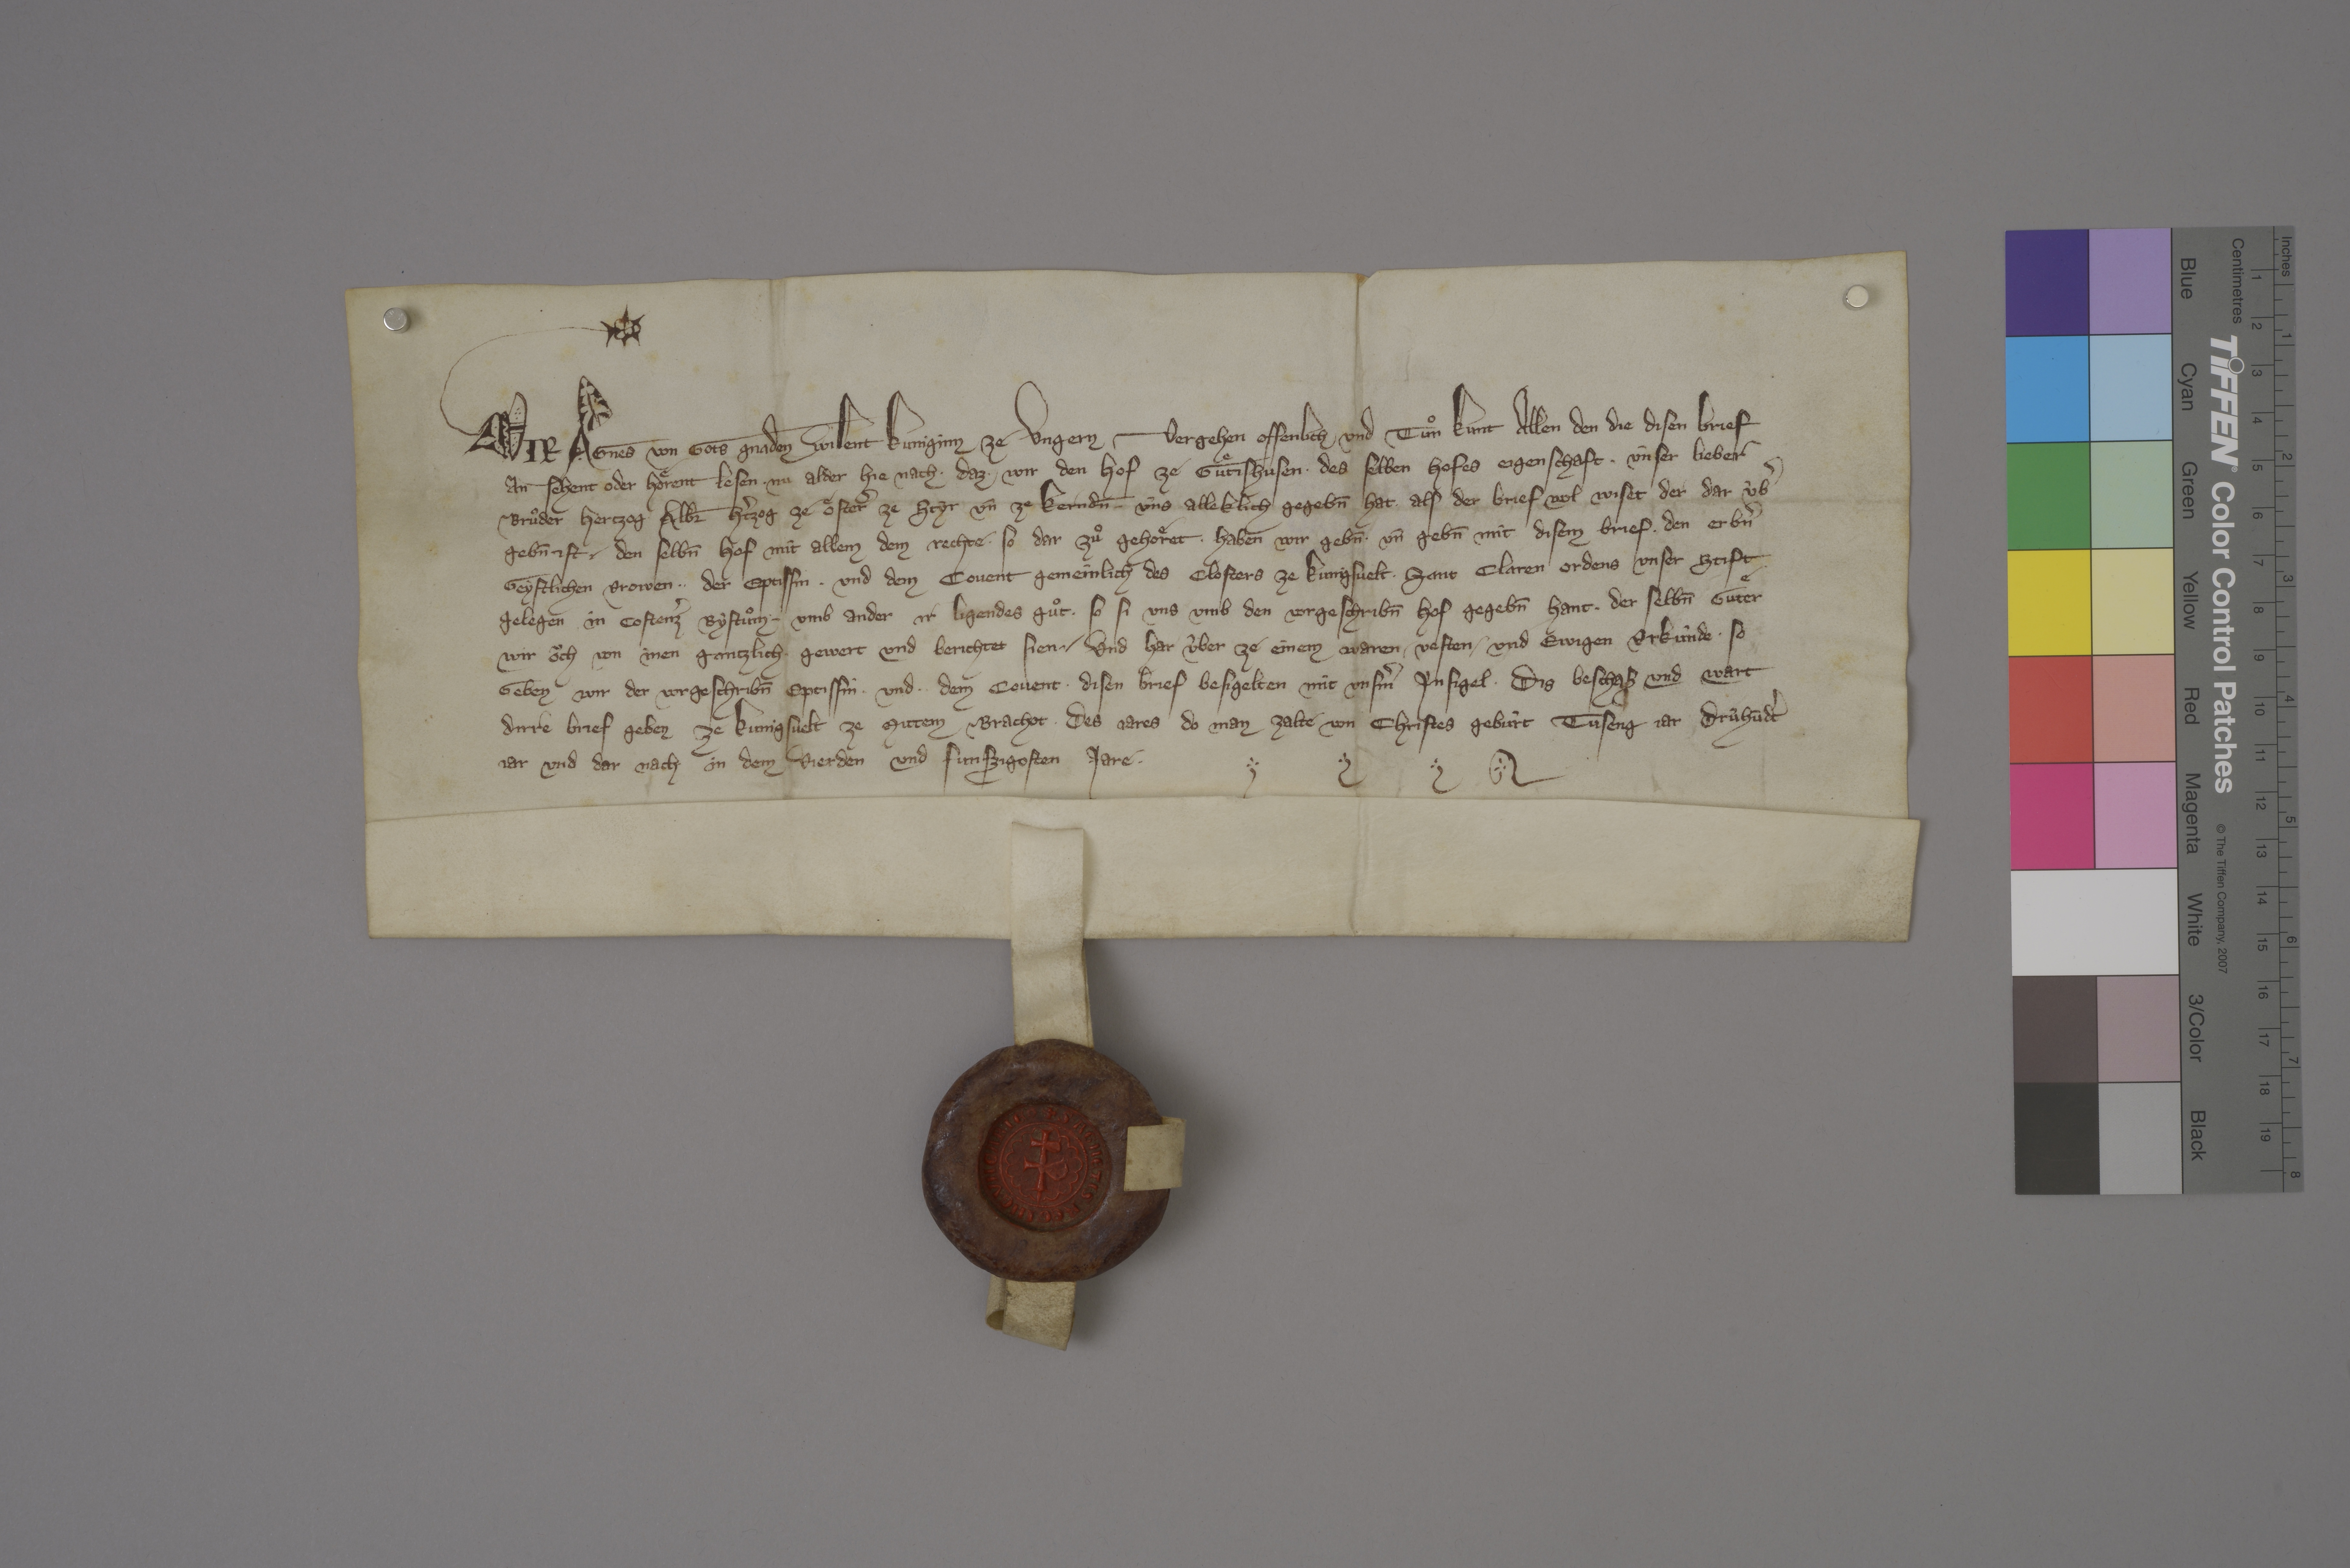
Transcription:
Wir, Agnes, von gots gnaden wilent kuniginn ze Ungern, vergehen offenlich und tuͦn kunt allen den, die disen brief
an sehent oder hoͤrent lesen, ✳ nu alder hie nach, ✳ daz ✳ wir den hof ze Guͤtishusen, ✳ des selben hofes eigenschaft ✳ ùnser lieber
bruͦder hertzog Alb̄r, hˀtzog ze Oͤsterˀ, ze Styr un̄ ze Kerndn̄, ✳ ùns alleklich gegebn̄ hat, ✳ als der brief wol wiset, der dar ùbˀ
gebn̄ ist, ✳ den selbn̄ hof mit allem dem rechte, ✳ so dar zuͦ gehoͤret, ✳ haben wir gebn̄ ✳ un̄ gebn̄ mit disem brief ✳ den erbˀn,
geystlichen vrowen, ✳ ✳ der eptissin ✳ und dem covent gemeinlich des closters ze Kunigsvelt, ✳ Sant Claren ordens, unser stift,
gelegen in Costenzˀ bystuͦm, ✳ umb ander ir ligendes guͦt, ✳ so si uns umb den vorgeschribn̄ hof gegebn̄ hant, ✳ der selbn̄ guͤter
wir oͧch von inen gantzlich ✳ gewert und berichtet sien. ✳ und har ûber ze einem waren, ✳ vesten ✳ und ewigen urkûnde, ✳ so
geben wir der vorgeschribn̄ eptissin ✳ und ✳ ✳ dem covent ✳ disen brief, besigelten mit unsmˀ insigel. ✳ dis beschah und wart
dirre brief geben ze Kunigsvelt ze mittem brachot ✳ des jares, do man zalte von Christes gebùrt tuseng jar, drùhūdtˀ
jar, und dar nach in dem vierden und funfzigosten jare. ✳